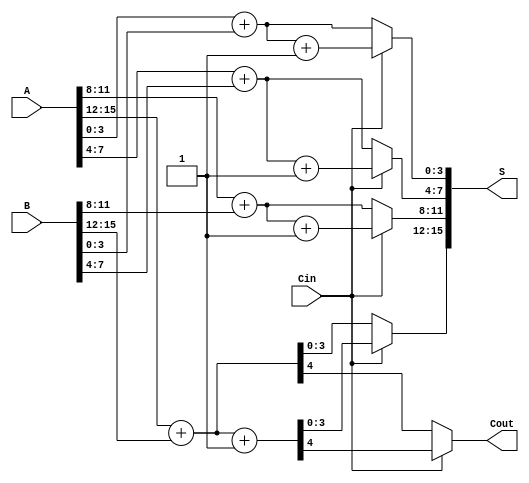
module CarrySelectAdder #(
    parameter n = 16, // Total number of bits
    parameter m = 4    // Segment size
) (
    input [n-1:0] A,   // First operand
    input [n-1:0] B,   // Second operand
    input Cin,         // Carry-in
    output [n-1:0] S,  // Sum output
    output Cout        // Carry-out
);

    // Number of segments
    localparam num_segments = n / m;

    // Intermediate signals
    wire [m-1:0] Sum0 [0:num_segments-1]; // Sums assuming Cin = 0
    wire [m-1:0] Sum1 [0:num_segments-1]; // Sums assuming Cin = 1
    wire C0 [0:num_segments-1];           // Carry-out assuming Cin = 0
    wire C1 [0:num_segments-1];           // Carry-out assuming Cin = 1
    wire [num_segments-1:0] S_final;      // Final sum selection
    wire [num_segments:0] Carry;          // Carry propagation

    genvar i, j;

    // Generate the segments
    generate
        for (i = 0; i < num_segments; i = i + 1) begin : segment
            // Calculate sum and carry for Cin = 0
            wire [m-1:0] A_segment = A[i*m +: m];
            wire [m-1:0] B_segment = B[i*m +: m];

            // Full adder for Sum assuming Cin = 0
            assign {C0[i], Sum0[i]} = A_segment + B_segment;

            // Full adder for Sum assuming Cin = 1
            assign {C1[i], Sum1[i]} = A_segment + B_segment + 1'b1;

            // Carry propagation
            if (i == 0) begin
                assign Carry[i] = Cin; // First segment uses Cin directly
            end else begin
                assign Carry[i] = C0[i-1] | (C1[i-1] & Carry[i-1]);
            end
        end
    endgenerate

    // Select final sum and carry based on Cin
    generate
        for (j = 0; j < num_segments; j = j + 1) begin : mux
            assign S[j*m +: m] = (Cin) ? Sum1[j] : Sum0[j];
        end
    endgenerate

    // Final carry-out
    assign Cout = (Cin) ? C1[num_segments-1] : C0[num_segments-1];

endmodule